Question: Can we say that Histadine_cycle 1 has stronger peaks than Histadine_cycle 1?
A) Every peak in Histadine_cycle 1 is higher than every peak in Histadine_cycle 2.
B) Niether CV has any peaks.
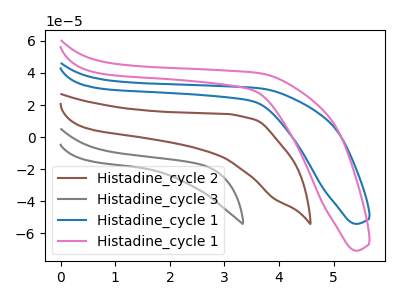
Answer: <think>The brown curve "Histadine_cycle 2" has no peaks. The gray curve "Histadine_cycle 3" has no peaks. The blue curve "Histadine_cycle 1" has no peaks. The pink curve "Histadine_cycle 1" has no peaks.</think>
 <answer>B) Niether CV has any peaks.</answer>
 <eval>B</eval>